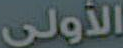
الأولى